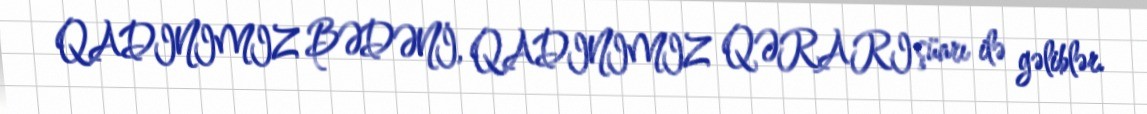
QADINIMIZ BƏDƏNİ, QADINIMIZ QƏRARI şüarı ilə gəliblər.